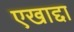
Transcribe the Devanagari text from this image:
एखाद्दा